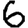
Digit: 6